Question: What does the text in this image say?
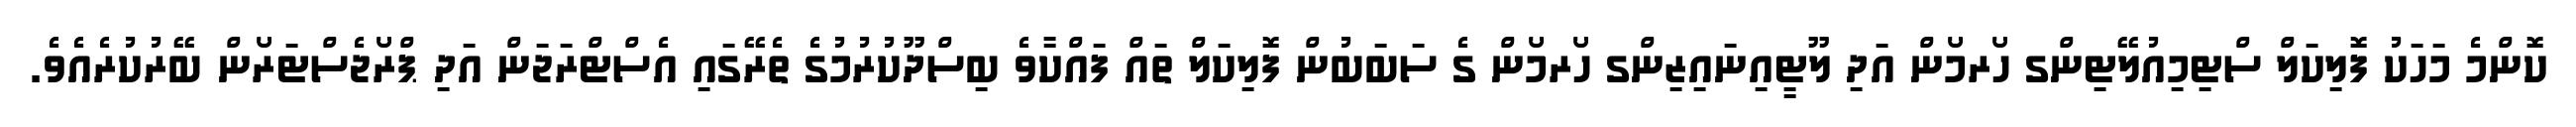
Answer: ކޮންމެ މަހަކު ފޮލިކަލް ސްޓިމިއުލޭޓިންގ ހޯރމޯން އަދި ލޫޓީއިނައިޒިންގ ހޯރމޯން ގެ ސަބަބުން ފޮލިކަލް ތައް ފައްކާވެ ބިސްދޫކުރުމުގެ ތެރޭގައި އެސްޓްރަޖަން އަދި ޕްރޯޖެސްޓަރޯން ބޭރުކުރެއެވެ.